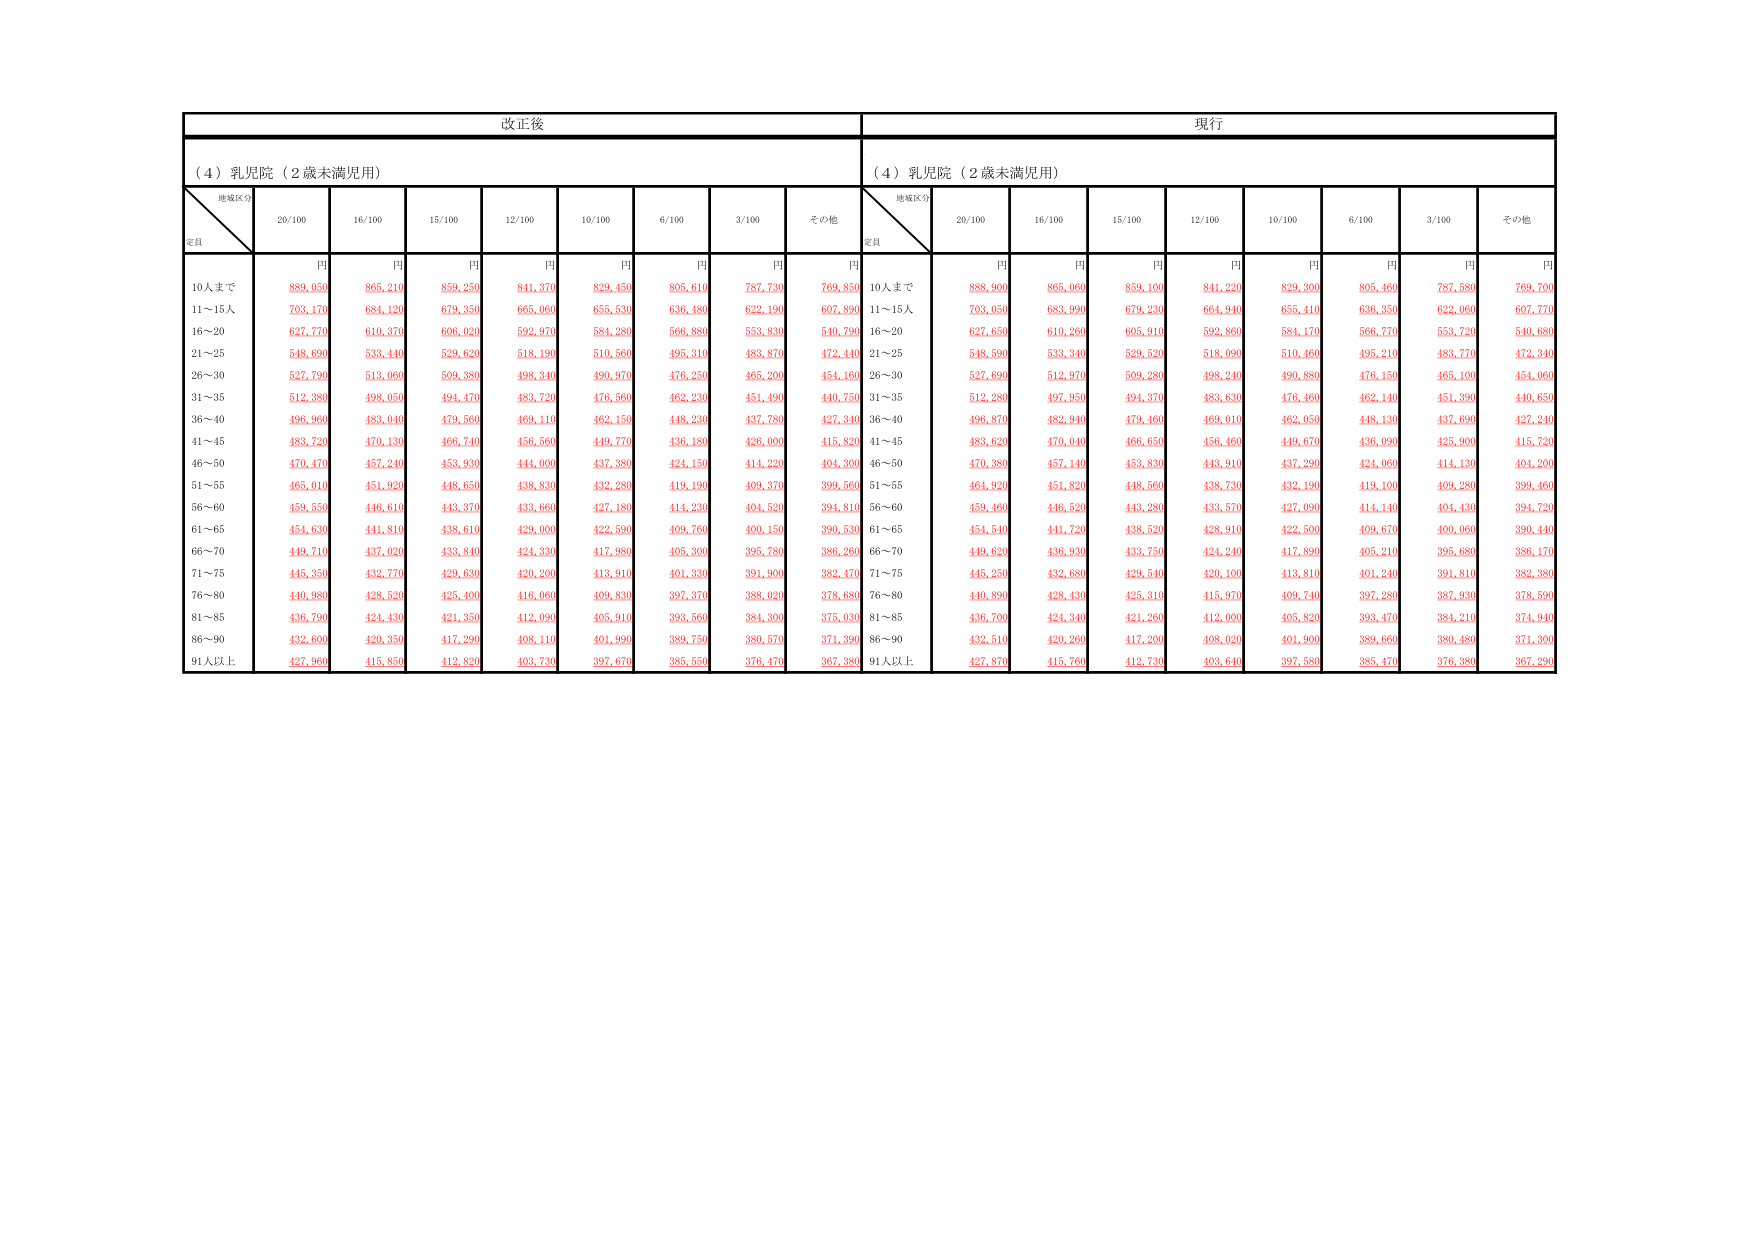
改正後
現行
（４）乳児院（２歳未満児用）
（４）乳児院（２歳未満児用）
地域区分
定員
20/100
16/100
15/100
12/100
10/100
6/100
3/100
その他
地域区分
定員
20/100
16/100
15/100
12/100
10/100
6/100
3/100
その他
円
円
円
円
円
円
円
円
円
円
円
円
円
円
円
円
円
円
10人まで
889,050
865,210
859,250
841,370
829,450
805,610
787,730
769,850
10人まで
888,900
865,060
859,100
841,220
829,300
805,460
787,580
769,700
11～15人
703,170
684,120
679,350
665,060
655,530
636,480
622,190
607,890
11～15人
703,050
683,990
679,230
664,940
655,410
636,350
622,060
607,770
16～20
627,770
610,370
606,020
592,970
584,280
566,880
553,830
540,790
16～20
627,650
610,260
605,910
592,860
584,170
566,770
553,720
540,680
21～25
548,690
533,440
529,620
518,190
510,560
495,310
483,870
472,440
21～25
548,590
533,340
529,520
518,090
510,460
495,210
483,770
472,340
26～30
527,790
513,060
509,380
498,340
490,970
476,250
465,200
454,160
26～30
527,690
512,970
509,280
498,240
490,880
476,150
465,100
454,060
31～35
512,380
498,050
494,470
483,720
476,560
462,230
451,490
440,750
31～35
512,280
497,950
494,370
483,630
476,460
462,140
451,390
440,650
36～40
496,960
483,040
479,560
469,110
462,150
448,230
437,780
427,340
36～40
496,870
482,940
479,460
469,010
462,050
448,130
437,690
427,240
41～45
483,720
470,130
466,740
456,560
449,770
436,180
426,000
415,820
41～45
483,620
470,040
466,650
456,460
449,670
436,090
425,900
415,720
46～50
470,470
457,240
453,930
444,000
437,380
424,150
414,220
404,300
46～50
470,380
457,140
453,830
443,910
437,290
424,060
414,130
404,200
51～55
465,010
451,920
448,650
438,830
432,280
419,190
409,370
399,560
51～55
464,920
451,820
448,560
438,730
432,190
419,100
409,280
399,460
56～60
459,550
446,610
443,370
433,660
427,180
414,230
404,520
394,810
56～60
459,460
446,520
443,280
433,570
427,090
414,140
404,430
394,720
61～65
454,630
441,810
438,610
429,000
422,590
409,760
400,150
390,530
61～65
454,540
441,720
438,520
428,910
422,500
409,670
400,060
390,440
66～70
449,710
437,020
433,840
424,330
417,980
405,300
395,780
386,260
66～70
449,620
436,930
433,750
424,240
417,890
405,210
395,680
386,170
71～75
445,350
432,770
429,630
420,200
413,910
401,330
391,900
382,470
71～75
445,250
432,680
429,540
420,100
413,810
401,240
391,810
382,380
76～80
440,980
428,520
425,400
416,060
409,830
397,370
388,020
378,680
76～80
440,890
428,430
425,310
415,970
409,740
397,280
387,930
378,590
81～85
436,790
424,430
421,350
412,090
405,910
393,560
384,300
375,030
81～85
436,700
424,340
421,260
412,000
405,820
393,470
384,210
374,940
86～90
432,600
420,350
417,290
408,110
401,990
389,750
380,570
371,390
86～90
432,510
420,260
417,200
408,020
401,900
389,660
380,480
371,300
91人以上
427,960
415,850
412,820
403,730
397,670
385,550
376,470
367,380
91人以上
427,870
415,760
412,730
403,640
397,580
385,470
376,380
367,290